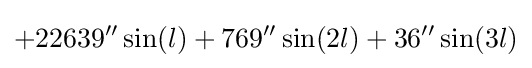
+22639''\sin(l)+769''\sin(2l)+36''\sin(3l)